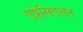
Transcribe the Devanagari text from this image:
एप्रेसिएशन